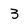
Character: 3